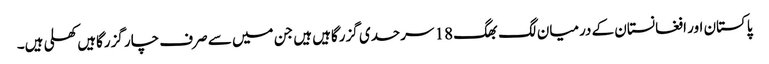
پاکستان اور افغانستان کے درمیان لگ بھگ 18 سرحدی گزرگاہیں ہیں جن میں سے صرف چار گزرگاہیں کھلی ہیں۔